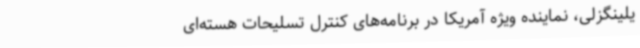
یلینگزلی، نماینده ویژه آمریکا در برنامه‌های کنترل تسلیحات هسته‌ای